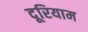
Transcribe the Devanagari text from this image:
दूरियाम